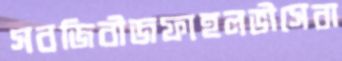
সবজিবীজফাহলভীসেবা